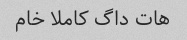
هات داگ کاملا خام